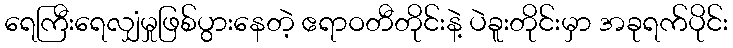
ရေကြီးရေလျှံမှုဖြစ်ပွားနေတဲ့ ဧရာဝတီတိုင်းနဲ့ ပဲခူးတိုင်းမှာ အခုရက်ပိုင်း